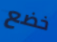
خضع